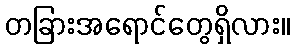
တခြားအရောင်တွေရှိလား။